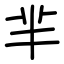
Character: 芈